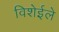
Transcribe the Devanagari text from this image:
विशेईले